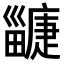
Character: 𤳲